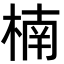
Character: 楠